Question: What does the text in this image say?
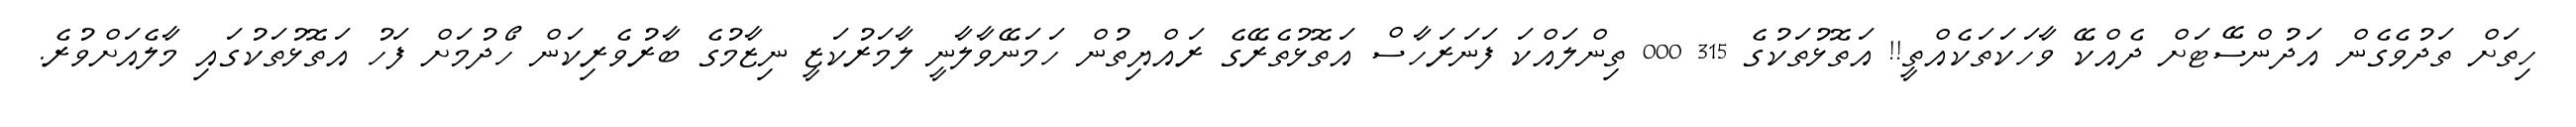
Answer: ހިތަށް ތަދުވެގެން އަދުންސޭޓަށް ދެއްކޭ ވާހަކަތަކެއްތީ!! އަތޮޅުތަކުގެ 315 000 ތިންލައްކަ ފަނަރަހާސް އަތޮޅުތެރޭގެ ރައްޔިތުން ހަމަނޭވާލާނީ ލާމަރުކަޒީ ނިޒާމުގެ ބާރުވެރިކަން ހޯދުމަށް ފަހު އަތޮޅުތަކުގައި މާލެއަށްވުރެ.